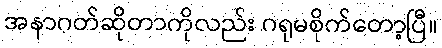
အနာဂတ်ဆိုတာကိုလည်း ဂရုမစိုက်တော့ပြီ။